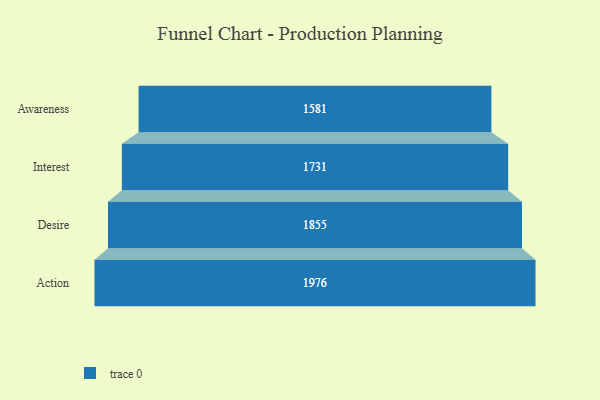
{"axis": {"x": "Stage", "y": "Value"}, "legend": [""], "data": [{"x": "Awareness", "y": 1581.0, "type": ""}, {"x": "Interest", "y": 1731.0, "type": ""}, {"x": "Desire", "y": 1855.0, "type": ""}, {"x": "Action", "y": 1976.0, "type": ""}]}